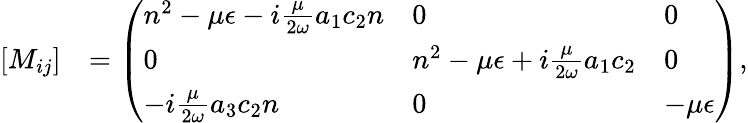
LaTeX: \begin{array}{rl}{[M_{ij}]}&{=\left(\begin{array}{lll}{n^{2}-\mu{\epsilon}-i\frac{\mu}{2\omega}a_{1}c_{2}n}&{0}&{0}\\ {0}&{n^{2}-\mu{\epsilon}+i\frac{\mu}{2\omega}a_{1}c_{2}}&{0}\\ {-i\frac{\mu}{2\omega}a_{3}c_{2}n}&{0}&{-\mu{\epsilon}}\end{array}\right),}\end{array}